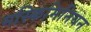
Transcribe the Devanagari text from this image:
मस्किमिनियन